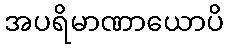
အပရိမာဏာယောပိ